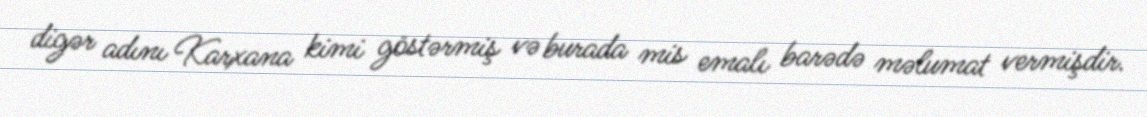
digər adını Karxana kimi göstərmiş və burada mis emalı barədə məlumat vermişdir.